Indian journal of veterinary science and animal husbandry - Volumes 15-17, 1948-1951
Year: 1948
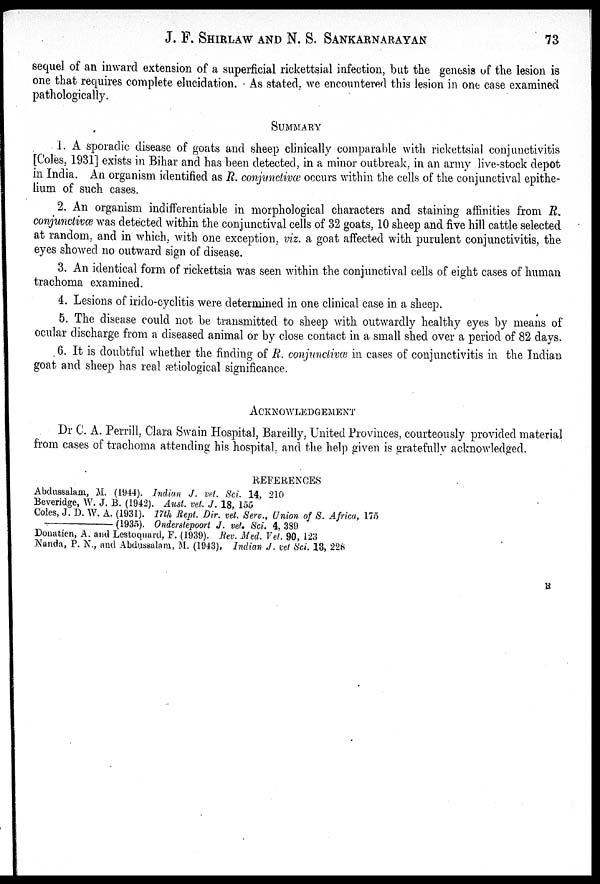
J. F.SHIRLAW AND N. S. SANKARNARAYAN 73
sequel of an inward extension of a superficial rickettsial infection, but the genesis of the lesion is
one that requires complete elucidation. As stated, we encountered this lesion in one case examined
pathologically.
SUMMARY
1. A sporadic disease of goats and sheep clinically comparable with rickettsial conjunctivitis
[Coles, 1931] exists in Bihar and has been detected, in a minor outbreak, in an army live-stock depot
in India. An organism identified as R. conjunctivæ occurs within the cells of the conjunctival epithe-
lium of such cases.
2. An organism indifferentiable in morphological characters and staining affinities from R.
conjunctivæ was detected within the conjunctival cells of 32 goats, 10 sheep and five hill cattle selected
at random, and in which, with one exception, viz. a goat affected with purulent conjunctivitis, the
eyes showed no outward sign of disease.
3. An identical form of rickettsia was seen within the conjunctival cells of eight cases of human
trachoma examined.
4. Lesions of irido-cyclitis were determined in one clinical case in a sheep.
5. The disease could not be transmitted to sheep with outwardly healthy eyes by means of
ocular discharge from a diseased animal or by close contact in a small shed over a period of 82 days.
6. It is doubtful whether the finding of R. conjunctivæ in cases of conjunctivitis in the Indian
goat and sheep has real ætiological significance.
ACKNOWLEDGEMENT
Dr C. A. Perrill, Clara Swain Hospital, Bareilly, United Provinces, courteously provided material
from cases of trachoma attending his hospital, and the help given is gratefully acknowledged.
REFERENCES
Abdussalam, M. (1944). Indian J. vet. Sci. 14, 210
Beveridge, W. J. B. (1942). Aust. vet. J. 18, 155
Coles, J. D. W. A. (1931). 17th Rept. Dir. vet. Serv., Union of S. Africa, 175
——(1935).
Onderstepoort J. vet. Sci. 4, 389
Donatien, A. and Lestoquard, F. (1939). Rev. Med. Vet. 90, 123
Nanda, P. N., and Abdussalam, M. (1943). Indian J. vet Sci. 13, 228
B